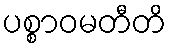
ပစ္စာဝမတီတိ